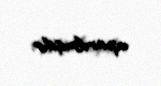
aparılmışdır.